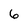
Character: 6